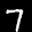
Label: 7